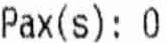
PAX(S): 0